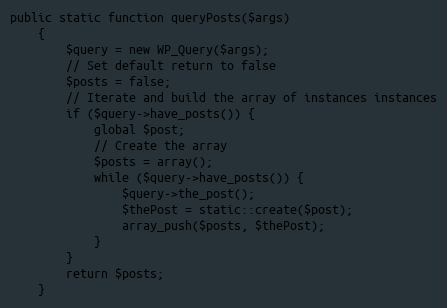
Language: PHP
public static function queryPosts($args)
    {
        $query = new WP_Query($args);
        // Set default return to false
        $posts = false;
        // Iterate and build the array of instances instances
        if ($query->have_posts()) {
            global $post;
            // Create the array
            $posts = array();
            while ($query->have_posts()) {
                $query->the_post();
                $thePost = static::create($post);
                array_push($posts, $thePost);
            }
        }
        return $posts;
    }